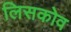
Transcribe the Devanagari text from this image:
लिसकोव